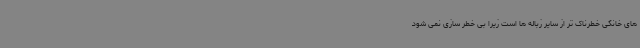
های خانگی خطرناک تر از سایر زباله ها است زیرا بی خطر سازی نمی شود